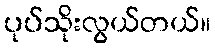
ပုပ်သိုးလွယ်တယ်။